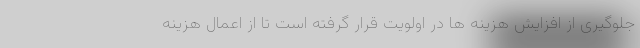
جلوگیری از افزایش هزینه ها در اولویت قرار گرفته است تا از اعمال هزینه